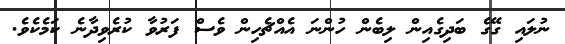
ނުލައި ގޭގެ ބަދިގެއިން ލިބެން ހުންނަ އެއްޗެހިން ވެސް ފަރުވާ ކުރެވިދާނެ ކަމެކެވެ.